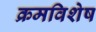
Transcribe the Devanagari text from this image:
क्रमविशेष